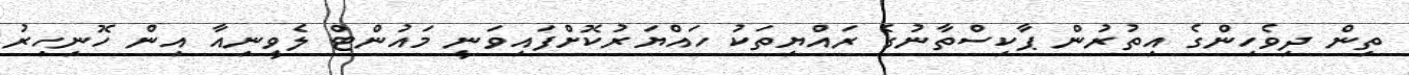
ތިން ދިވެހިންގެ އިތުރުން ޕާކިސްތާނުގެ ރައްޔިތަކު ހައްޔަރުކޮށްފައިވަނީ މައުންޓް ލެވީނިއާ އިން ހޮނިހިރު